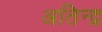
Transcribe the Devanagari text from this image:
अतिन्द्र